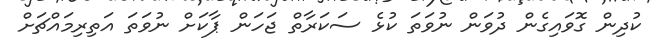
ކުދިން ގޮވައިގެން ދުވަން ނުވަތަ ކުޅެ ސަކަރާތް ޖަހަން ޕާކަށް ނުވަތަ އަތިރިމައްޗަށް